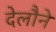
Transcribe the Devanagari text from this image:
देलौने